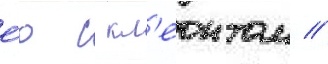
е́ю с кл'еонтом //